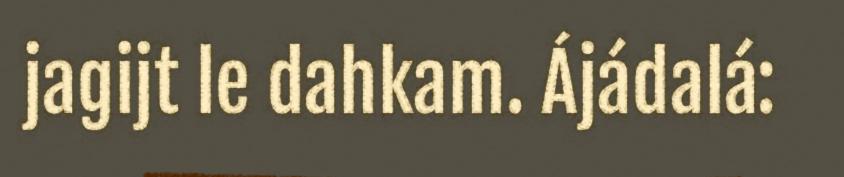
jagijt le dahkam. Ájádalá: